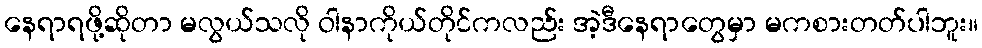
နေရာရဖို့ဆိုတာ မလွယ်သလို ဝါနာကိုယ်တိုင်ကလည်း အဲ့ဒီနေရာတွေမှာ မကစားတတ်ပါဘူး။